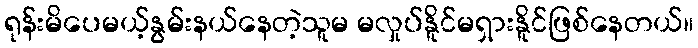
ရုန်းမိပေမယ့်နွမ်းနယ်နေတဲ့သူမ မလှုပ်နိူင်မရှားနိူင်ဖြစ်နေတယ်။